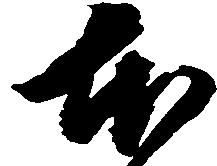
本